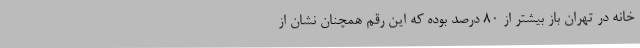
خانه در تهران باز بیشتر از ۸۰ درصد بوده که این رقم همچنان نشان از